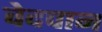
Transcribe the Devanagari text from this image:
वेदपान